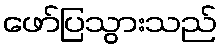
ဖော်ပြသွားသည်